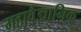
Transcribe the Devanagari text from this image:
महावैज्ञानिक